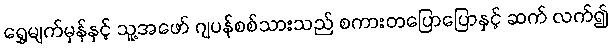
ရွှေမျက်မှန်နှင့် သူ့အဖော် ဂျပန်စစ်သားသည် စကားတပြောပြောနှင့် ဆက် လက်၍